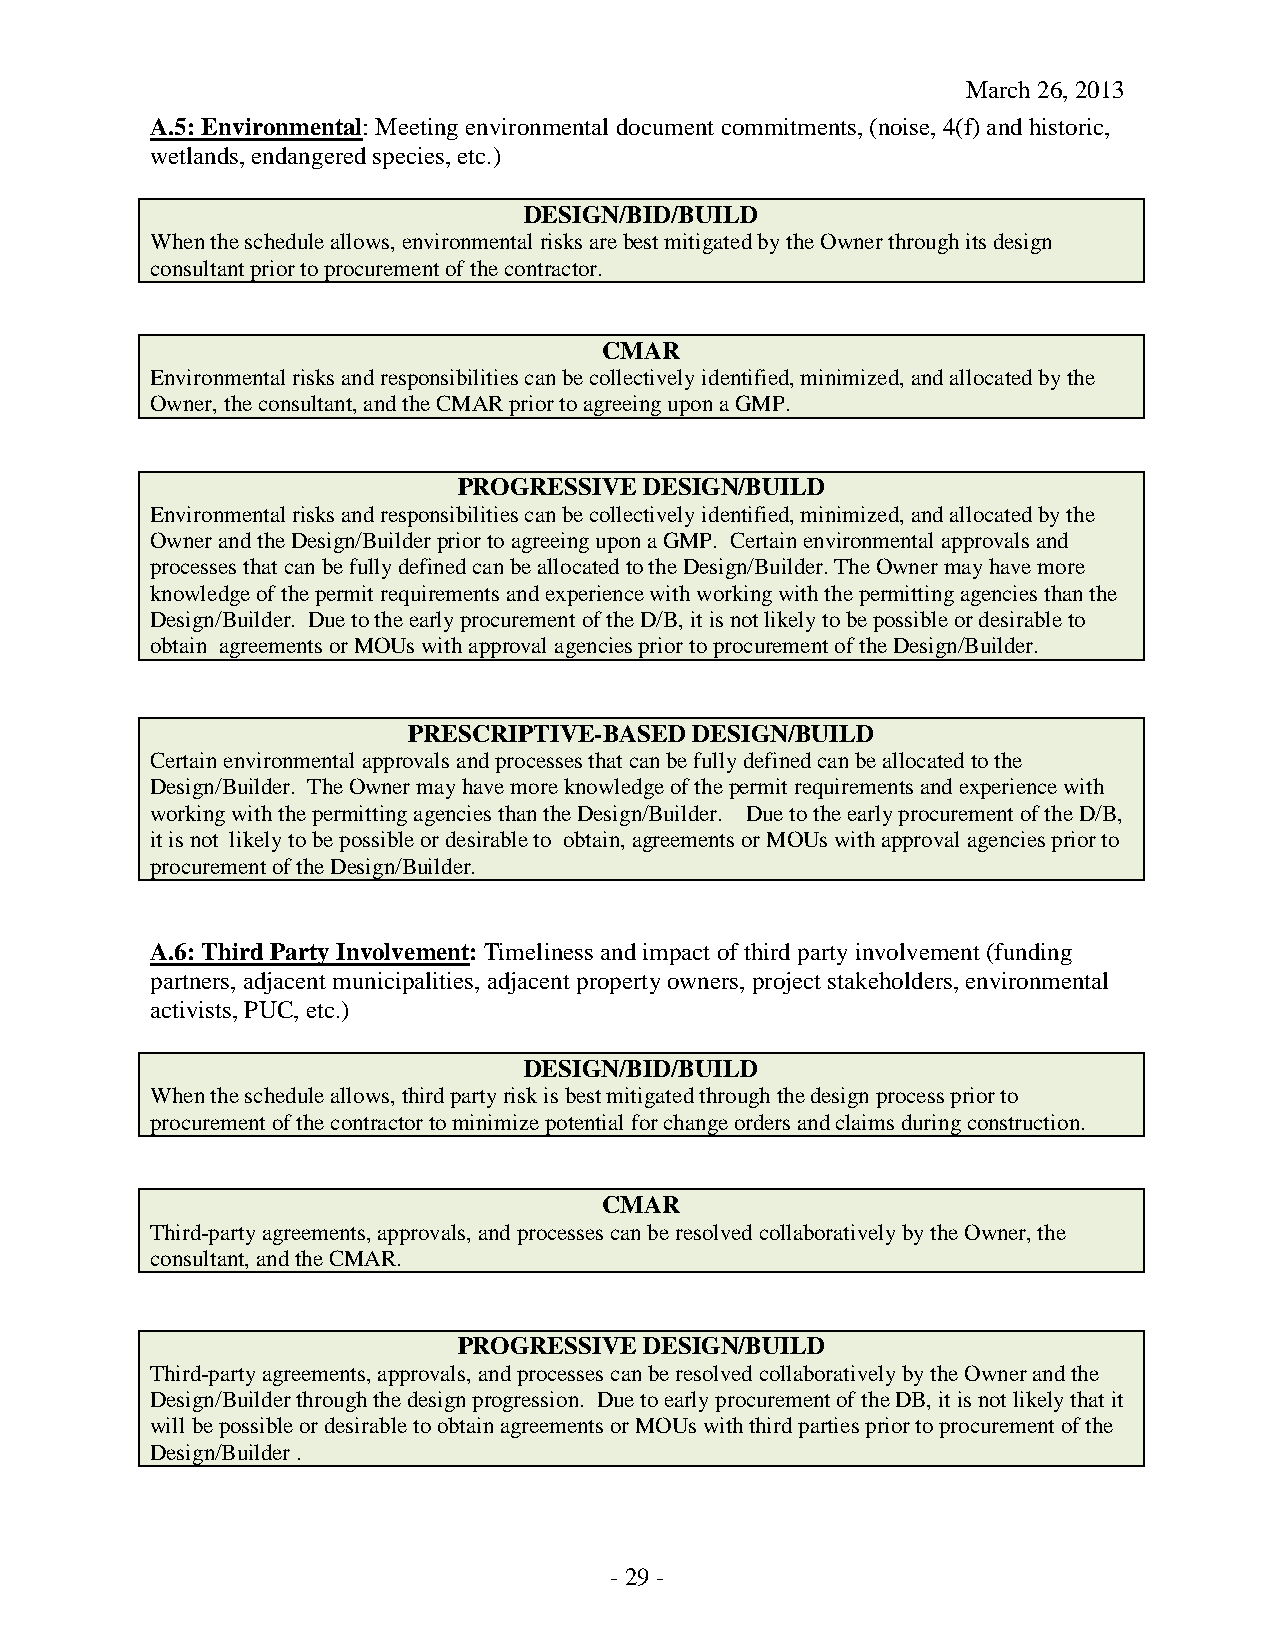
March 26, 2013
 A.5: Environmental: Meeting environmental document commitments, (noise, 4(f) and historic,
 wetlands, endangered species, etc.)
 DESIGN/BID/BUILD
 When the schedule allows, environmental risks are best mitigated by the Owner through its design
 consultant prior to procurement of the contractor.
 CMAR
 Environmental risks and responsibilities can be collectively identified, minimized, and allocated by the
 Owner, the consultant, and the CMAR prior to agreeing upon a GMP.
 PROGRESSIVE  DESIGN/BUILD
 Environmental risks and responsibilities can be collectively identified, minimized, and allocated by the
 Owner and the Design/Builder prior to agreeing upon a GMP. Certain environmental approvals and
 processes that can be fully defined can be allocated to the Design/Builder. The Owner may have more
 knowledge of the permit requirements and experience with working with the permitting agencies than the
 Design/Builder. Due to the early procurement of the D/B, it is not likely to be possible or desirable to
 obtain agreements or MOUs with approval agencies prior to procurement of the Design/Builder.
 PRESCRIPTIVE-BASED DESIGN/BUILD
 Certain environmental approvals and processes that can be fully defined can be allocated to the
 Design/Builder. The Owner may have more knowledge of the permit requirements and experience with
 working with the permitting agencies than the Design/Builder. Due to the early procurement of the D/B,
 it is not likely to be possible or desirable to obtain, agreements or MOUs with approval agencies prior to
 procurement of the Design/Builder.
 A.6: Third Party Involvement: Timeliness and impact of third party involvement (funding
 partners, adjacent municipalities, adjacent property owners, project stakeholders, environmental
 activists, PUC, etc.)
 DESIGN/BID/BUILD
 When the schedule allows, third party risk is best mitigated through the design process prior to
 procurement of the contractor to minimize potential for change orders and claims during construction.
 CMAR
 Third-party agreements, approvals, and processes can be resolved collaboratively by the Owner, the
 consultant, and the CMAR.
 PROGRESSIVE  DESIGN/BUILD
 Third-party agreements, approvals, and processes can be resolved collaboratively by the Owner and the
 Design/Builder through the design progression. Due to early procurement of the DB, it is not likely that it
 will be possible or desirable to obtain agreements or MOUs with third parties prior to procurement of the
 Design/Builder .
 - 29 -